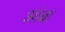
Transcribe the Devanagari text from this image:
आंब्रा